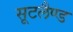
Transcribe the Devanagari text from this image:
सूटलैण्ड